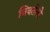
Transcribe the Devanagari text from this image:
निवर्तली